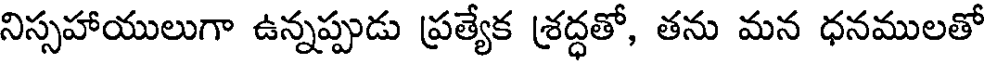
నిస్సహాయులుగా ఉన్నప్పుడు ప్రత్యేక శ్రద్ధతో, తను మన ధనములతో